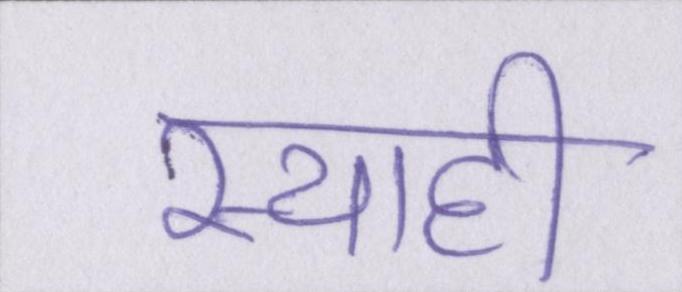
स्याही